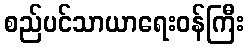
စည်ပင်သာယာရေးဝန်ကြီး